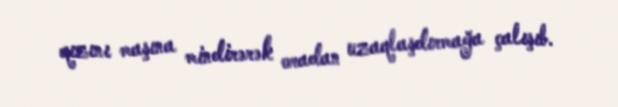
qızını maşına mindirərək oradan uzaqlaşdırmağa çalışıb.